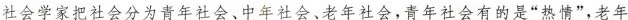
社会学家把社会分为青年社会、中年社会、老年社会，青年社会有的是“热情”，老年